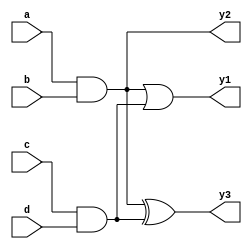
module MultiLevelLogic (
    input wire a,      // Input signal a
    input wire b,      // Input signal b
    input wire c,      // Input signal c
    input wire d,      // Input signal d
    output wire y1,    // Output signal y1 (AND function)
    output wire y2,    // Output signal y2 (OR function)
    output wire y3     // Output signal y3 (XOR function)
);

// Intermediate signals for multi-level logic
wire ab;            // Intermediate signal for AND
wire cd;            // Intermediate signal for AND
wire ab_or_cd;      // Intermediate signal for OR
wire ab_xor_cd;     // Intermediate signal for XOR

// Level 1: AND operations
assign ab = a & b;  // AND gate for inputs a and b
assign cd = c & d;  // AND gate for inputs c and d

// Level 2: OR operation
assign ab_or_cd = ab | cd; // OR gate combining the results of the AND gates

// Level 3: XOR operation
assign ab_xor_cd = ab ^ cd; // XOR gate combining the results of the AND gates

// Final outputs
assign y1 = ab_or_cd; // Output y1 from OR operation
assign y2 = ab;       // Output y2 from first AND operation
assign y3 = ab_xor_cd; // Output y3 from XOR operation

endmodule